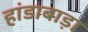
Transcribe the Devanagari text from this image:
हांडाबाड़ा